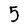
Character: 5